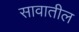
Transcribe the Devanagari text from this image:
सावातील